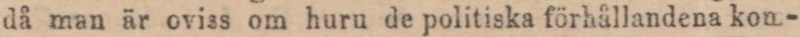
då man är oviss om huru de politiska förhållandena kom-